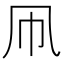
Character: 凧